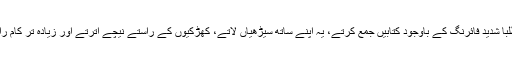
مائیک تھامسن نے بتایا کہ "یہ طلبا شدید فائرنگ کے باوجود کتابیں جمع کرتے، یہ اپنے ساتھ سیڑھیاں لاتے، کھڑکیوں کے راستے نیچے اترتے اور زیادہ تر کام رات کے وقت سرانجام دیتے تھے۔